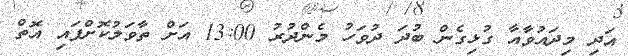
އަދި މިދައުވާއާ ގުޅިގެން ބުދަ ދުވަހު މެންދުރު 13:00 އަށް ތާވަލުކޮށްފައި އޮތް